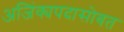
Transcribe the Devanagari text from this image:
अजिंक्यपदासोबत